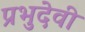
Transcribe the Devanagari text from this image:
प्रभुदेवी